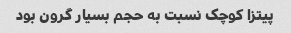
پیتزا کوچک نسبت به حجم بسیار گرون بود